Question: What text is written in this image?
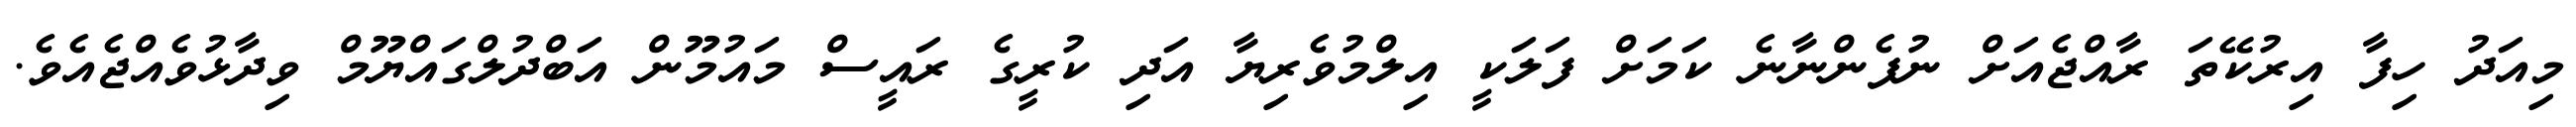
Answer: މިއަދު ހިފާ އިރުކޭތަ ރާއްޖެއަށް ނުފެންނާނެ ކަމަށް ފަލަކީ އިލްމުވެރިޔާ އަދި ކުރީގެ ރައީސް މައުމޫން އަބްދުލްގައްޔޫމް ވިދާޅުވެއްޖެއެވެ.